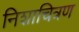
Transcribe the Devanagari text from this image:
निशाचित्रण